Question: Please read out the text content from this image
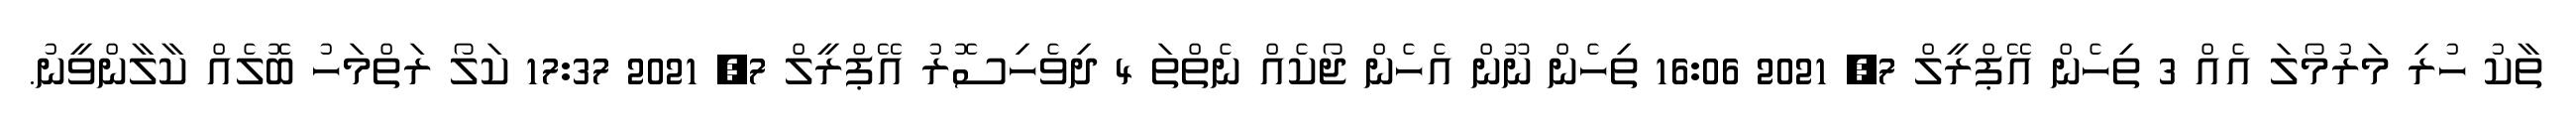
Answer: ތާކު ހުރި މަރުމޯލަ އެއް 3 ތިހެން އޭޕްރީލް 7, 2021 16:06 ތިހެން ނޫން އެހެން ޖޯކެއް ނެތްތަ 4 ދިވެހިސޮރު އޭޕްރީލް 7, 2021 17:37 ކަލޯ ރަތްމަހު ބޮލެއް ކާލާންވީނު.